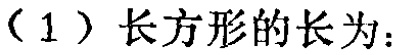
（1）长方形的长为：